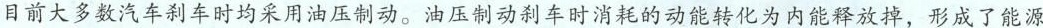
目前大多数汽车刹车时均采用油压制动。油压制动刹车时消耗的动能转化为内能释放掉，形成了能源